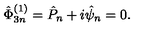
\hat { \Phi } _ { 3 n } ^ { ( 1 ) } = \hat { P } _ { n } + i \hat { \psi } _ { n } = 0 .